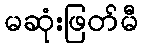
မဆုံးဖြတ်မီ